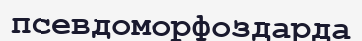
псевдоморфоздарда